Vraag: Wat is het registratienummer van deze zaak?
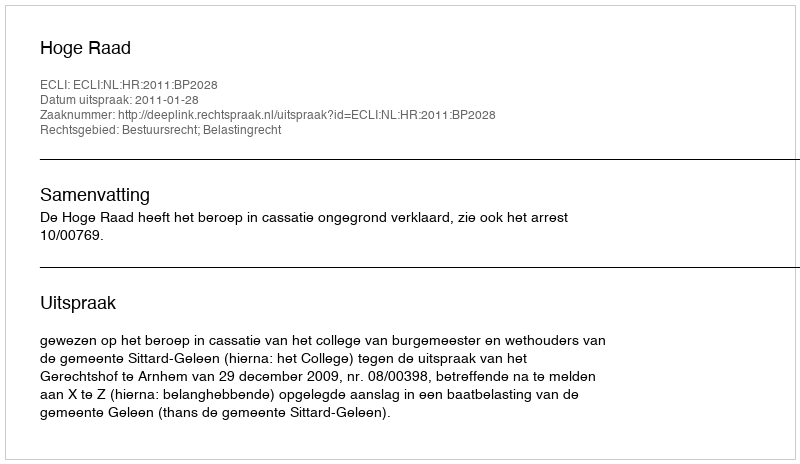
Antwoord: http://deeplink.rechtspraak.nl/uitspraak?id=ECLI:NL:HR:2011:BP2028